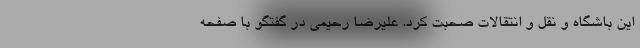
این باشگاه و نقل و انتقالات صحبت کرد. علیرضا رحیمی در گفتگو با صفحه